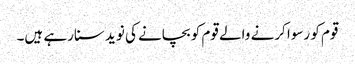
قوم کو رسوا کرنے والے قوم کو بچانے کی نوید سنارہے ہیں۔